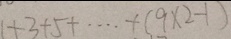
1 + 3 + 5 + \cdots + ( 9 \times 2 - 1 )